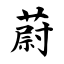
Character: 蔚